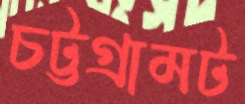
চট্টগ্রামট